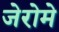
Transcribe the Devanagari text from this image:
जेरोमे